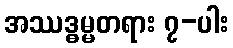
အဿဒ္ဓမ္မတရား ၇-ပါး